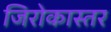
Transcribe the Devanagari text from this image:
जिरोकास्तर